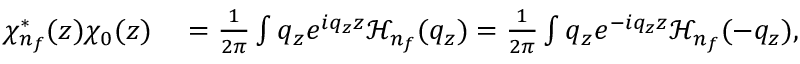
\begin{array} { r l } { \chi _ { n _ { f } } ^ { * } ( z ) \chi _ { 0 } ( z ) } & { { } = \frac { 1 } { 2 \pi } \int \d q _ { z } e ^ { i q _ { z } z } \mathcal { H } _ { n _ { f } } ( q _ { z } ) = \frac { 1 } { 2 \pi } \int \d q _ { z } e ^ { - i q _ { z } z } \mathcal { H } _ { n _ { f } } ( - q _ { z } ) , } \end{array}